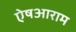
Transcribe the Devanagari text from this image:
ऐषआराम